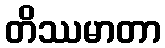
တိဿမာတာ